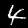
Digit: 4